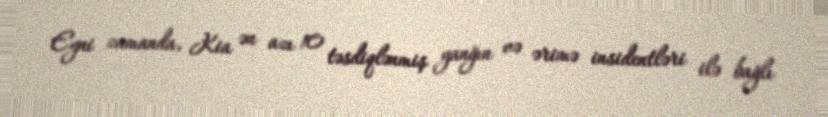
Eyni zamanda, Kia ən azı 10 təsdiqlənmiş yanğın və ərimə insidentləri ilə bağlı